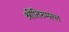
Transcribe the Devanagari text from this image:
श्रीतिरुमल्ल